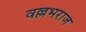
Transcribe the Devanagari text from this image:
वल्लभराज